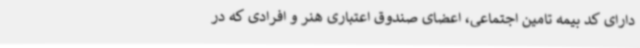
دارای کد بیمه تامین اجتماعی، اعضای صندوق اعتباری هنر و افرادی که در